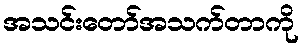
အသင်းတော်အသက်တာကို